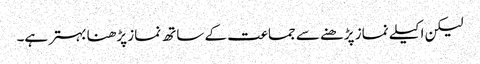
لیکن اکیلے نماز پڑھنے سے جماعت کے ساتھ نماز پڑھنا بہتر ہے۔